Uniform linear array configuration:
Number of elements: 16
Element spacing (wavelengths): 0.5
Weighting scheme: hamming
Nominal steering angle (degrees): -45
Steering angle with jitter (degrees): -44.797
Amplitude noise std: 0.05
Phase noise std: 0.05

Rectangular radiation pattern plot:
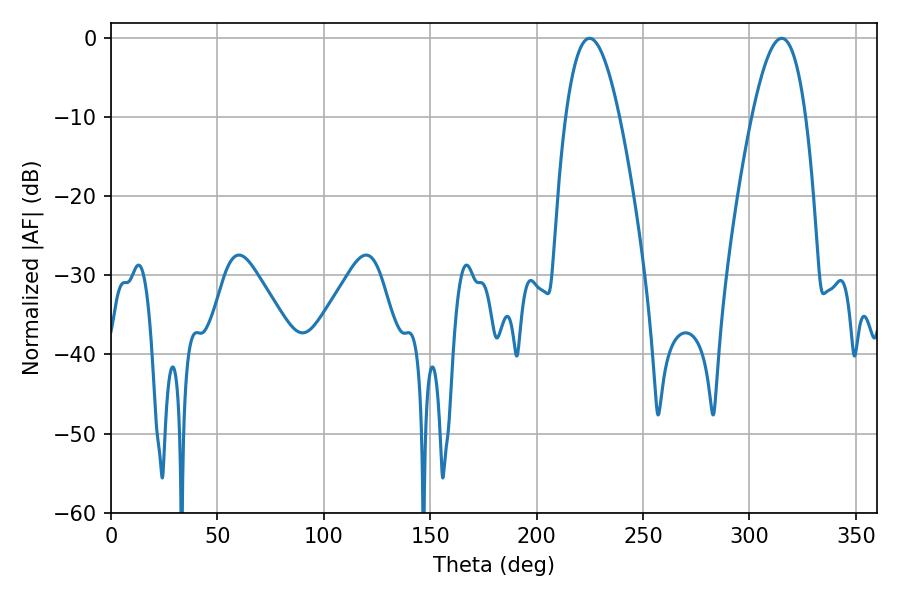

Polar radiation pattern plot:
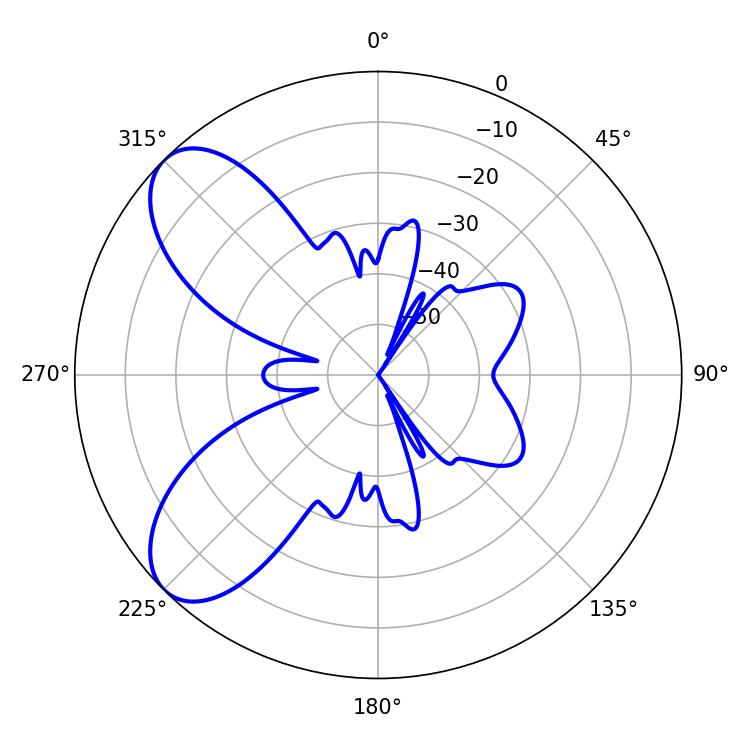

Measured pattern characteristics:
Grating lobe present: FALSE
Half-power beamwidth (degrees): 13.86
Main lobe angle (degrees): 224.82